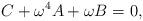
LaTeX: \begin{align*}C+\omega^4A+\omega B=0,\end{align*}